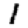
Digit: 1